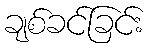
ချစ်ခင်ခြင်း